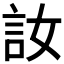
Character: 𫌳